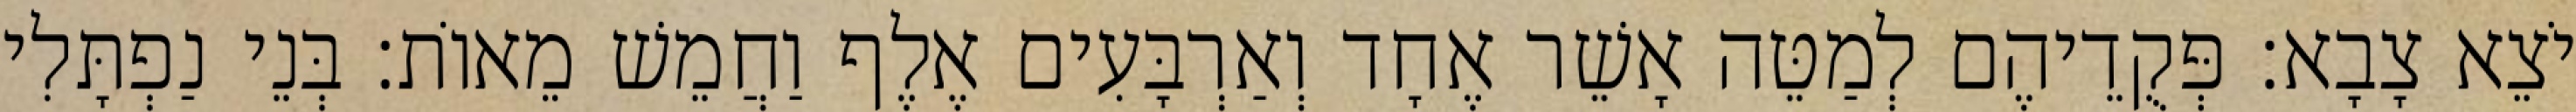
יֹצֵא צָבָא׃ פְּקֻדֵיהֶם לְמַטֵּה אָשֵׁר אֶחָד וְאַרְבָּעִים אֶלֶף וַחֲמֵשׁ מֵאוֹת׃ בְּנֵי נַפְתָּלִי